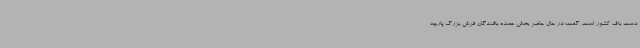
دست باف کشور است، گفت: در حال حاضر بخش عمده بافندگان فرش بزرگ پارچه